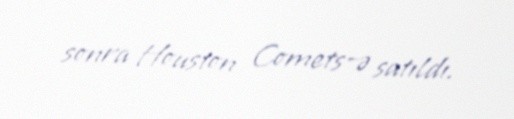
sonra Houston Comets-ə satıldı.